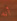
أنه